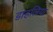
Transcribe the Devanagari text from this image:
डाहलिया